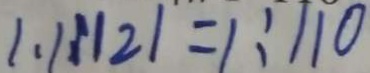
1 . 1 : 1 2 1 = 1 : 1 1 0